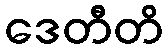
ဒေတီတိ